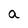
Character: a